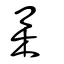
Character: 集